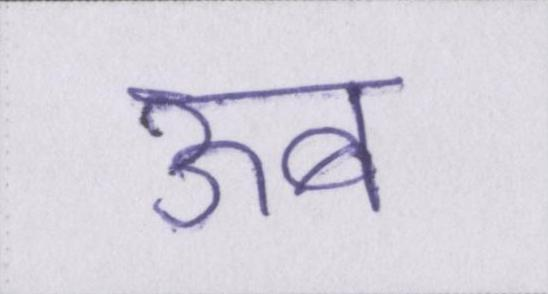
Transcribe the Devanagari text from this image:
ऊब